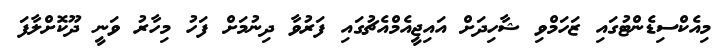
މިއެކްސިޑެންޓުގައި ޒަހަމްވި ޝާހިދަށް އައިޖީއެމްއެޗުގައި ފަރުވާ ދިނުމަށް ފަހު މިހާރު ވަނީ ދޫކޮށްލާފަ